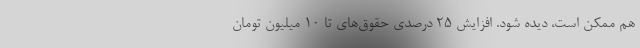
هم ممکن است، دیده شود. افزایش ٢۵ درصدی حقوق‌های تا ۱۰ میلیون تومان